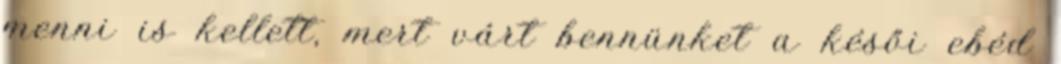
menni is kellett, mert várt bennünket a késői ebéd